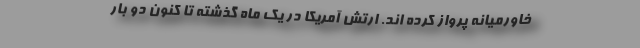
خاورمیانه پرواز کرده اند. ارتش آمریکا در یک ماه گذشته تا کنون دو بار